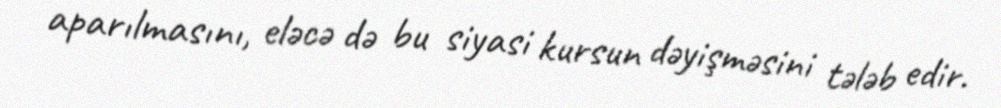
aparılmasını, eləcə də bu siyasi kursun dəyişməsini tələb edir.